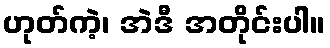
ဟုတ်ကဲ့၊ အဲဒီ အတိုင်းပါ။